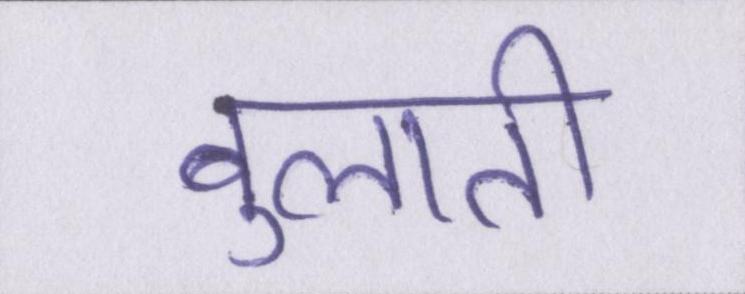
बुलाती